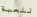
للعبة